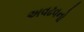
અવઢવનો